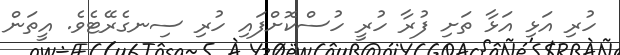
ހުރި އަޅި އަޅާ ތަށި ފުރާ ހުރީ ހުސްކޮށްފައި ހުރި ސިނގެރޭޓެވެ. އީތަން